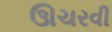
ઊચરવી